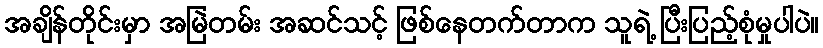
အချိန်တိုင်းမှာ အမြဲတမ်း အဆင်သင့် ဖြစ်နေတက်တာက သူရဲ့ ပြီးပြည့်စုံမှုပါပဲ။